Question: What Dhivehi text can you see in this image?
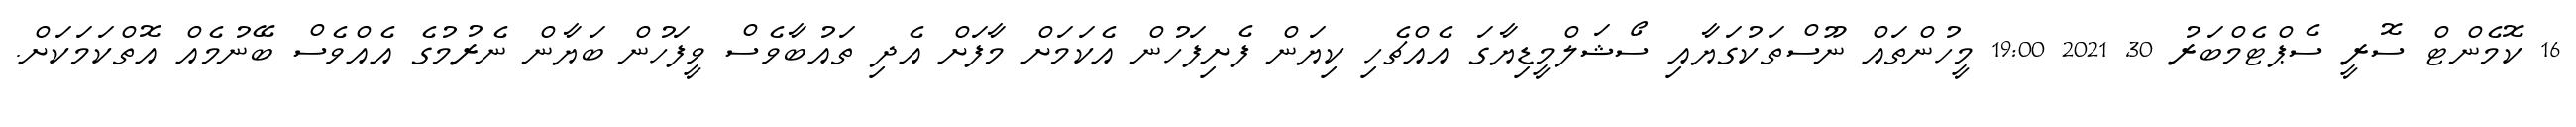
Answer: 16 ކޮމެންޓް ސޮރީ ސެޕްޓެމްބަރު 30, 2021 19:00 މީހުންތައް ނޫސްތަކުގަޔާއި ސޯޝަލްމީޑިޔާގަ އެއްޗެހި ކިޔަން ފެށިފަހުން އެކަމަށް މާފަށް އެދި ތައުބާވެސް ވީފަހުން ބަޔާން ނެރުމުގެ އެއްވެސް ބޭނުމެއް އޮތްކަމަކަށް.